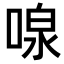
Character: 𪡠